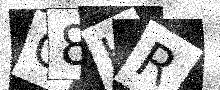
Text: C8HR